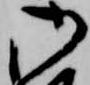
御